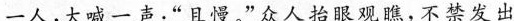
一人，大喊一声：”且慢。”众人抬眼观瞧，不禁发出